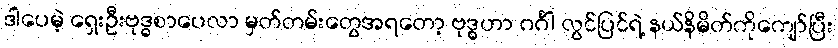
ဒါပေမဲ့ ရှေးဦးဗုဒ္ဓစာပေလာ မှတ်တမ်းတွေအရတော့ ဗုဒ္ဓဟာ ဂင်္ဂါ လွင်ပြင်ရဲ့ နယ်နိမိတ်ကိုကျော်ပြီး